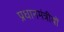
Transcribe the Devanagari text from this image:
प्रधानमंत्रीयों